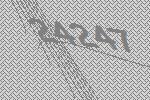
24247